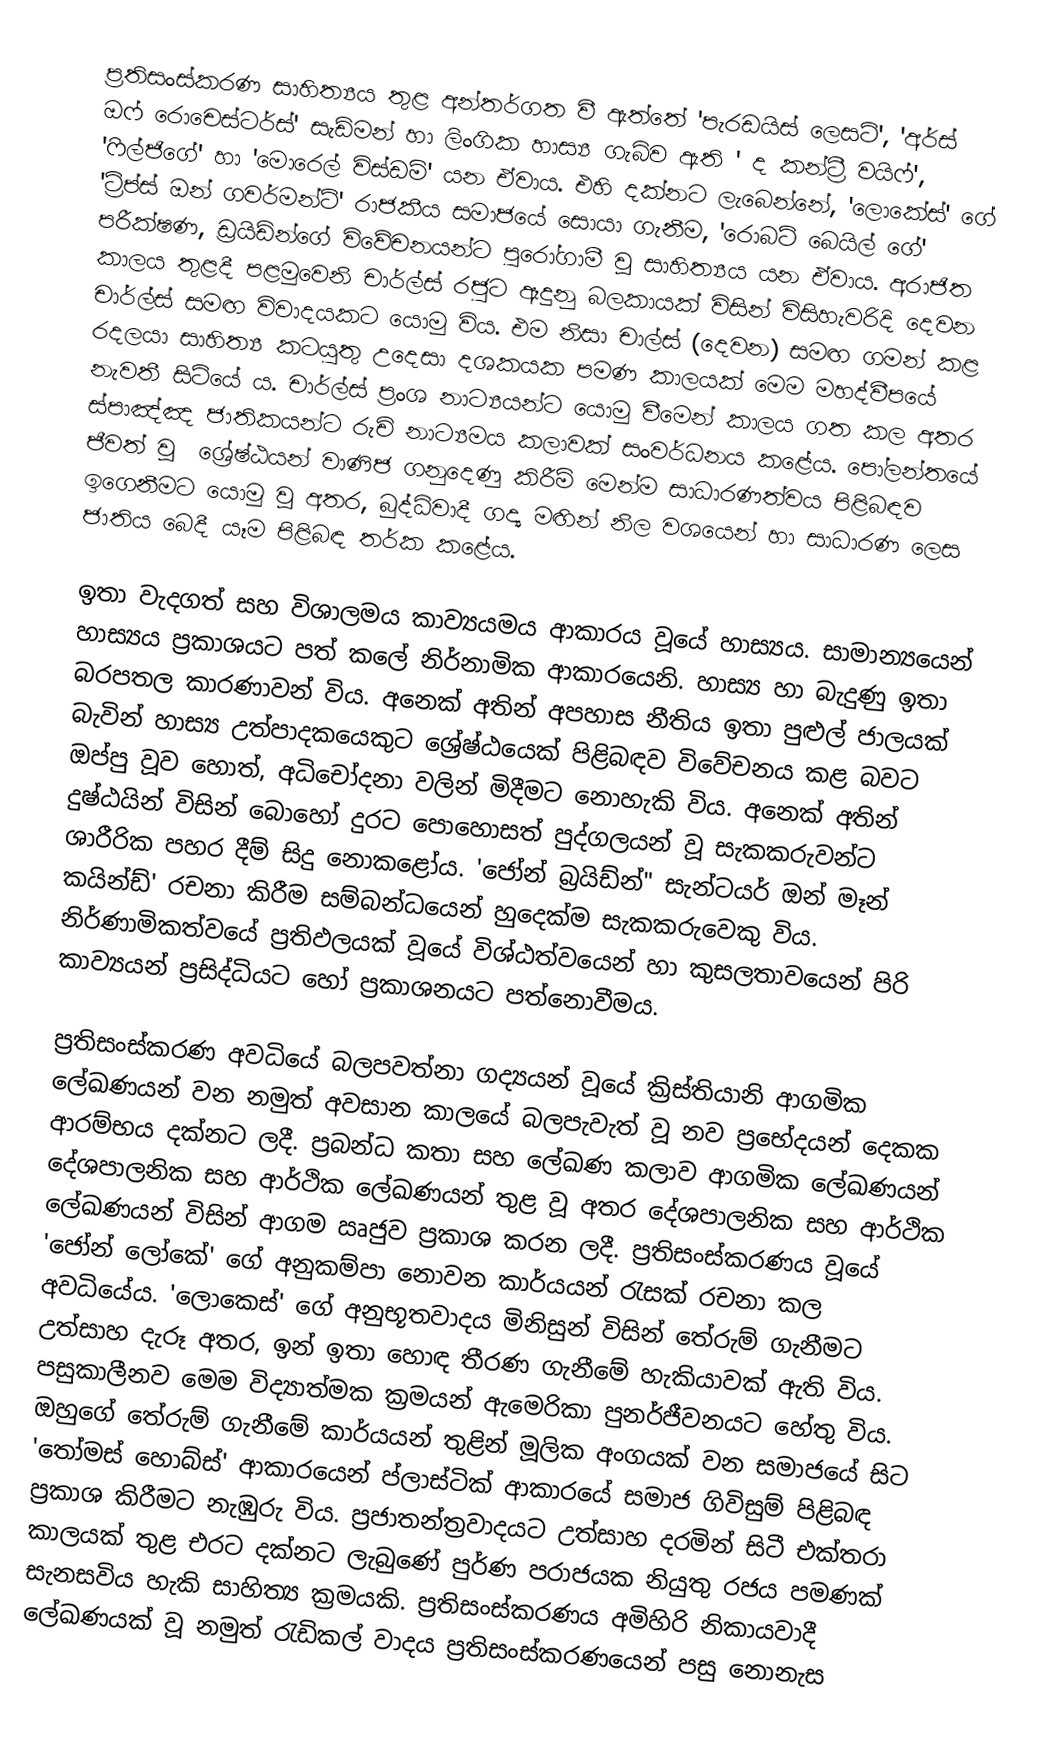
ප්‍රතිසංස්කරණ සාහිත්‍යය තුළ අන්තර්ගත වී ඇත්තේ 'පැරඩයිස් ‍ලෙසට්', 'අර්ස් ඔෆ් රොචෙස්ටර්ස්' සැඩ්මන් හා ලිංගික හාස්‍ය ගැබ්ව ඇති ' ද කන්ට්‍රී වයිෆ්', '‍ෆිල්ජිගේ' හා 'මොරෙල් විස්ඩම්' යන ඒවාය. එහි දක්නට ලැබෙන්නේ, 'ලොකේස්‍' ගේ 'ට්‍රිප්ස් ඔන් ‍ගවර්මන්ට්' රාජකීය සමාජයේ සොයා ගැනීම, 'රොබට් බෙයිල් ගේ' පරීක්ෂණ, ඩ්‍රයිඩ්න්ගේ විවේචනයන්ට පුරෝගාමී වූ සාහිත්‍යය යන ඒවාය.  අරාජිත කාලය තුළදී පළමුවෙනි චාර්ල්ස් රජුට ඈදුනු බලකායක් විසින් විසිහැවරිදි දෙවන චාර්ල්ස් සමඟ විවාදයකට යොමු විය. එම නිසා චාල්ස් (දෙවන) සමඟ ගමන් කළ රදලයා සාහිත්‍ය කටයුතු උදෙසා දශකයක පමණ කාලයක් මෙම මහද්වීපයේ නැවතී සිටියේ ය. චාර්ල්ස් ප්‍රංශ නාට්‍යයන්ට යොමු වීමෙන් කාලය ගත කල අතර ස්පාඤ්ඤ ජාතිකයන්ට රුචි නාට්‍යමය කලාවක් සංවර්ධනය කළේය. පෝලන්‍තයේ ජීවත් වූ ‍ ශ්‍රේෂ්ඨයන් වාණිජ ගනුදෙණු කිරීම් මෙන්ම සාධාරණත්වය පිළිබඳව ඉගෙනීමට යොමු වූ අතර, බුද්ධිවාදී ගද්‍ය මඟින් නිල වශයෙන් හා සාධාරණ ලෙස ජාතිය බෙදී යෑම පිළිබඳ තර්ක කළේය.

ඉතා වැදගත් සහ විශාලමය කාව්‍යයමය ආකාරය වූයේ හාස්‍යය. සාමාන්‍යයෙන් හාස්‍යය ප්‍රකාශයට පත් කලේ නිර්නාමික ආකාරයෙනි. හාස්‍ය හා බැදුණු ඉතා බරපතල කාරණාවන් විය. අනෙක් අතින් අපහාස නීතිය ඉතා පුළුල් ජාලයක් බැවින් හාස්‍ය උත්පාදකයෙකුට ශ්‍රේෂ්ඨයෙක් පිළිබඳව විවේචනය කළ බවට ඔප්පු වූව හොත්, අධිචෝදනා වලින් මිදීමට නොහැකි විය. අනෙක් අතින් දුෂ්ඨයින් විසින් බොහෝ දුරට පොහොසත් පුද්ගලයන් වූ සැකකරුවන්ට ශාරීරික පහර දීම්  සිදු නොකළෝය. 'ජෝන් බ්‍රයිඩ්න්" සැන්ටයර් ඔන් මෑන් කයින්ඩ්' රචනා කිරීම සම්බන්ධයෙන් හුදෙක්ම සැකකරුවෙකු විය. නිර්ණාමිකත්වයේ ප්‍රතිඵලයක් වූයේ විශ්ඨත්වයෙන් හා කුසලතාවයෙන් පිරි කාව්‍යයන් ප්‍රසිද්ධියට හෝ ප්‍රකාශනයට පත්නොවීමය.

ප්‍රතිසංස්කරණ අවධියේ බලපවත්නා ගද්‍යයන් වූයේ ක්‍රිස්තියානි ආගමික ලේඛණයන් වන නමුත් අවසාන කාලයේ බලපැවැත් වූ නව ප්‍රභේදයන් දෙකක ආරම්භය දක්නට ලදී. ප්‍රබන්ධ කතා සහ ලේඛණ කලාව ආගමික ලේඛණයන් දේශපාලනික සහ ආර්ථික ලේඛණයන් තුළ වූ අතර දේශපාලනික සහ ආර්ථික ලේඛණයන් විසින් ආගම ඍජුව ප්‍රකාශ කරන ලදී. ප්‍රතිසංස්කරණය වූයේ 'ජෝන් ලෝකේ' ගේ අනුකම්පා නොවන කාර්යයන් රැසක් රචනා කල අවධියේය. 'ලොකෙස්' ගේ අනුභූතවාදය මිනිසුන් විසින් තේරුම් ගැනීමට උත්සාහ දැරූ අතර, ඉන් ඉතා හොඳ තීරණ ගැනීමේ හැකියාවක් ඇති විය. පසුකාලීනව මෙම විද්‍යාත්මක ක්‍රමයන් ඇමෙරිකා පුනර්ජීවනයට හේතු විය. ඔහුගේ තේරුම් ගැනීමේ කාර්යයන් තුළින් මූලික අංගයක් වන සමාජයේ සිට 'තෝමස් හොබ්ස්' ආකාරයෙන් ප්ලාස්ටික් ආකාරයේ සමාජ ගිවිසුම් පිළිබඳ ප්‍රකාශ කිරීමට නැඹුරු විය.  ප්‍රජාතන්ත්‍රවාදයට උත්සාහ දරමින් සිටී එක්තරා කාලයක් තුළ එරට දක්නට ලැබුණේ පුර්ණ පරාජයක නියුතු රජය පමණක් සැනසවිය හැකි සාහිත්‍ය ක්‍රමයකි. ප්‍රතිසංස්කරණය අමිහිරි නිකායවාදී ලේඛණයක් වූ නමුත් රැඩිකල් වාදය ප්‍රතිසංස්කරණයෙන් පසු නොනැස